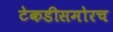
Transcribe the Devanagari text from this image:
टेकडीसमोरच